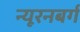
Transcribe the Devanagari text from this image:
न्यूरनबर्ग